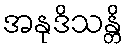
အနုဒိသန္တိ